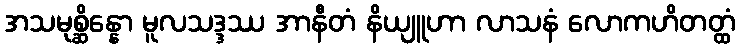
အသမုစ္ဆိန္နော မူလသဒ္ဒဿ အာနီတံ နိယျူဟာ လာသနံ လောကဟိတတ္ထံ